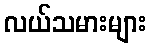
လယ်သမားများ